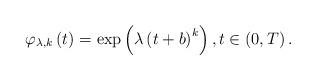
LaTeX: \begin{align*}\varphi _{\lambda ,k}\left( t\right) =\exp \left( \lambda \left( t+b\right)^{k}\right) ,t\in \left( 0,T\right) . \end{align*}